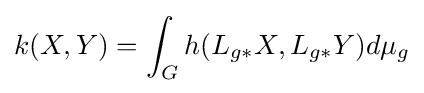
k(X,Y)=\int _{G}h(L_{g*}X,L_{g*}Y)d\mu _{g}